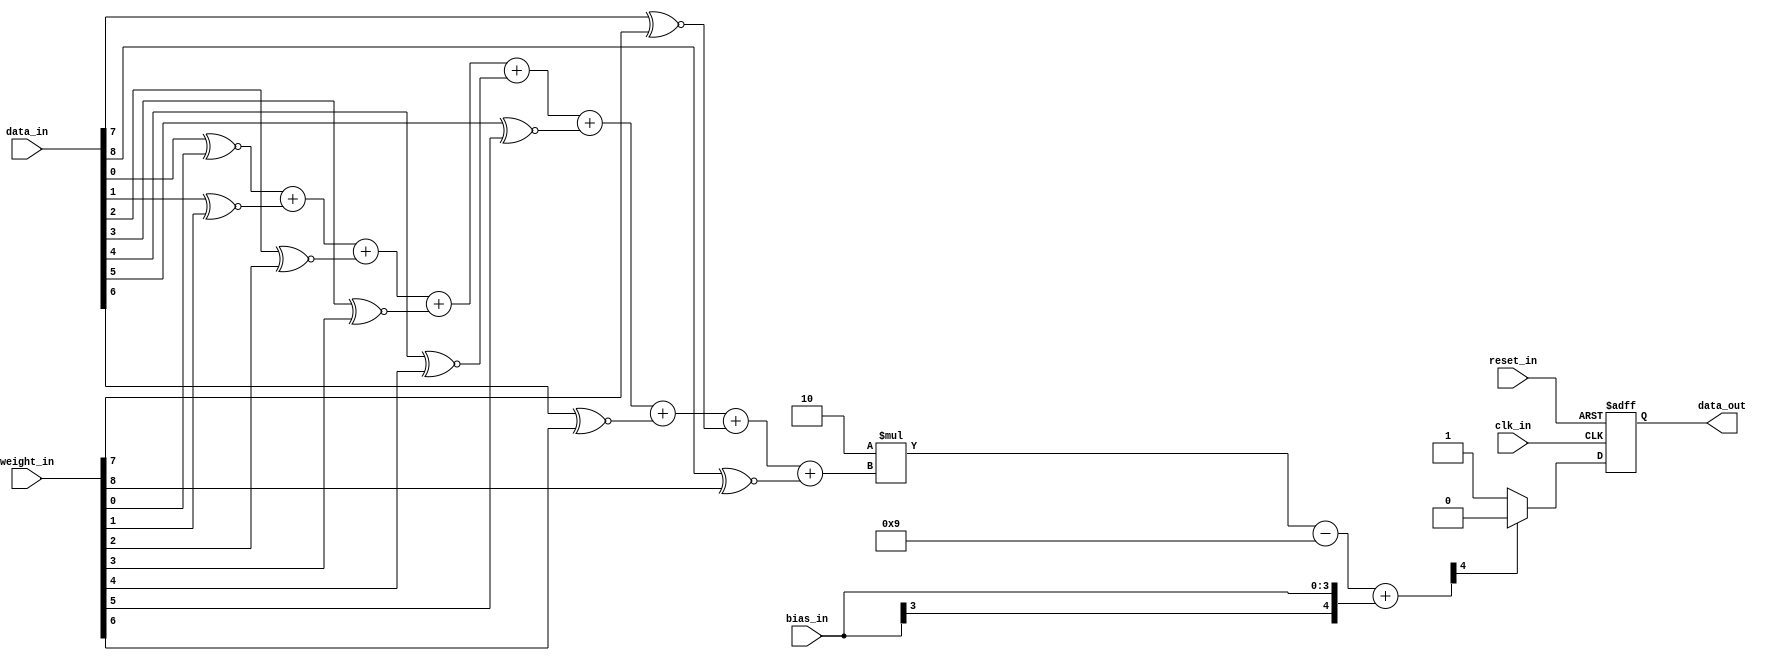
module BCNN (
    clk_in,
    reset_in,
    data_in,
    weight_in,
    bias_in,
    data_out
);
input              clk_in, reset_in;
input        [8:0] data_in;
input        [8:0] weight_in;
input        [3:0] bias_in; // -8 <= bias_in <= 7
output reg         data_out;

reg                binarized_out;
reg                partial_product  [0:8];
reg          [3:0] population_count;
reg          [4:0] true_sum;

integer i;
always @(*) begin
    for (i = 0; i < 9; i = i + 1) begin
        partial_product[i] = data_in[i] ~^ weight_in[i];
    end
end

always @(*) begin
    population_count = partial_product[0] +
                       partial_product[1] +
                       partial_product[2] +
                       partial_product[3] +
                       partial_product[4] +
                       partial_product[5] +
                       partial_product[6] +
                       partial_product[7] +
                       partial_product[8];    
end

//biasCPUbit1/5
always @(*) begin
    true_sum = 2 * population_count - 5'd9 + {bias_in[3], bias_in};
    if (true_sum[4] == 1'b1) begin
        binarized_out = 0;
    end
    else begin
        binarized_out = 1;
    end
end

always @(posedge clk_in or negedge reset_in) begin
    if (reset_in == 1'b0) begin
        data_out <= 1'b0;
    end
    else begin
        data_out <= binarized_out;
    end
end
endmodule